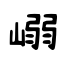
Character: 嵶